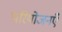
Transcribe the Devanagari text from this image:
परियोजनएँ